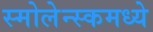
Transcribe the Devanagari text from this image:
स्मोलेन्स्कमध्ये